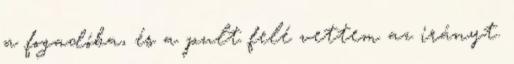
a fogadóba, és a pult felé vettem az irányt.